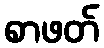
စာဖတ်